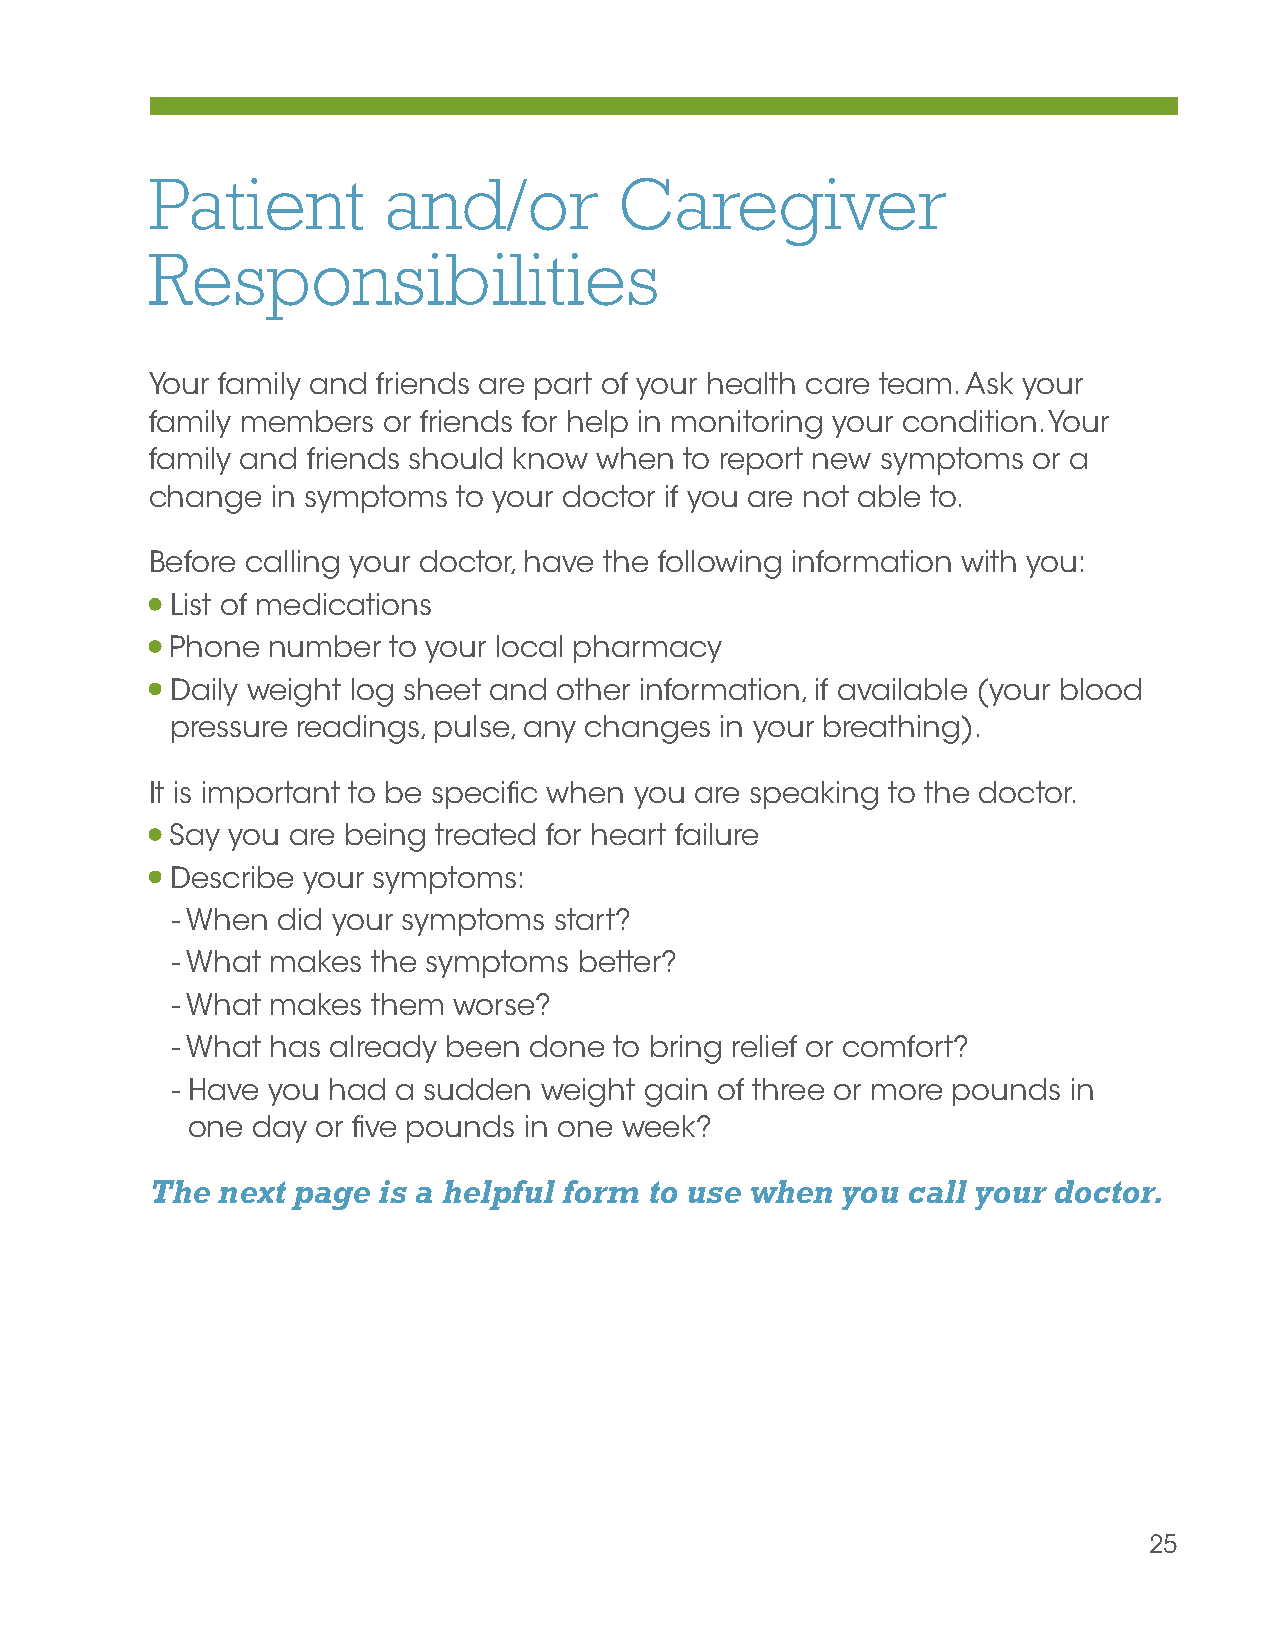
Patient        and/or          Caregiver
 Responsibilities
 Your family and friends are part of your health care team. Ask your
 family members or friends for help in monitoring your condition. Your
 family and friends should know when to report new symptoms or a
 change  in symptoms to your doctor if you are not able to.
 Before calling your doctor, have the following information with you:
 List of medications
 Phone  number  to your local pharmacy
 Daily weight log sheet and other information, if available (your blood
 pressure readings, pulse, any changes in your breathing).
 It is important to be specific when you are speaking to the doctor.
 Say you are being treated for heart failure
 Describe your symptoms:
 - When did your symptoms  start?
 - What makes  the symptoms better?
 - What makes  them worse?
 - What has already been done  to bring relief or comfort?
 - Have you had a sudden  weight gain of three or more pounds in
 one  day or five pounds in one week?
 The next page  is a helpful form to use when  you call your doctor.
 25